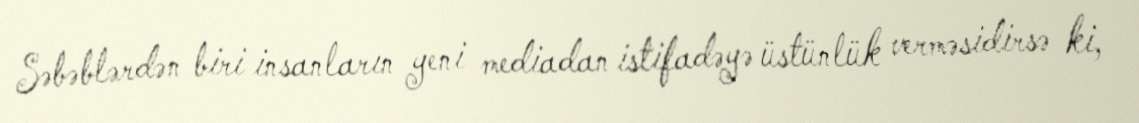
Səbəblərdən biri insanların yeni mediadan istifadəyə üstünlük verməsidirsə ki,